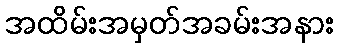
အထိမ်းအမှတ်အခမ်းအနား